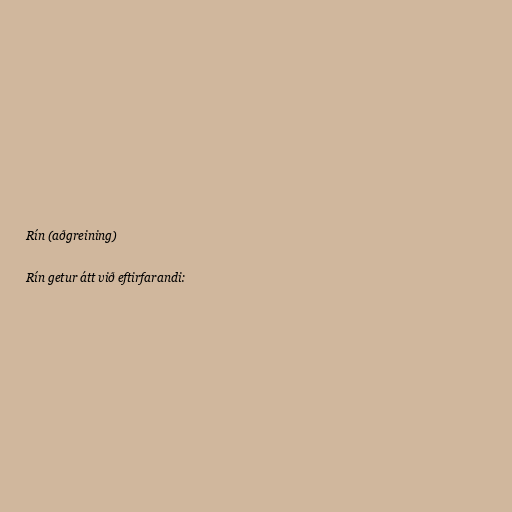
Rín (aðgreining)

Rín getur átt við eftirfarandi: